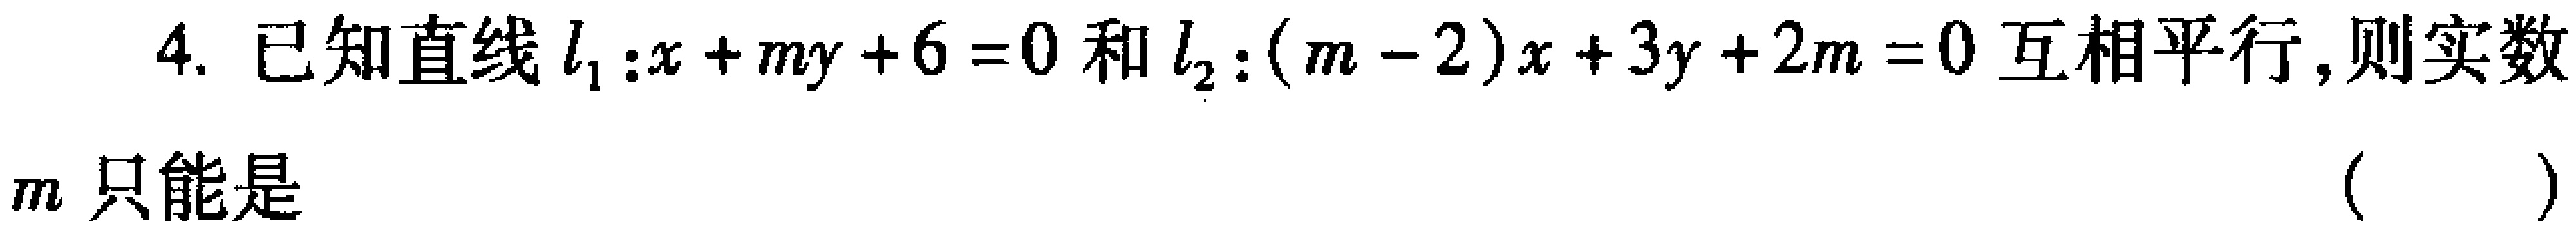
4. 已知直线$l_{1}:x + my + 6 = 0$和$l_{2}:(m - 2)x + 3y + 2m = 0$互相平行,则实数
$m$只能是 （  ）